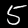
Digit: 5